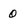
Character: 0